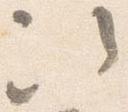
次